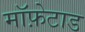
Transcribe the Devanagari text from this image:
मॉफ़ेटाड